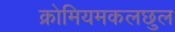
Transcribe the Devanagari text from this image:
क्रोमियमकलछुल